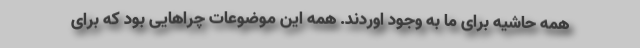
همه حاشیه برای ما به وجود اوردند. همه این موضوعات چراهایی بود که برای